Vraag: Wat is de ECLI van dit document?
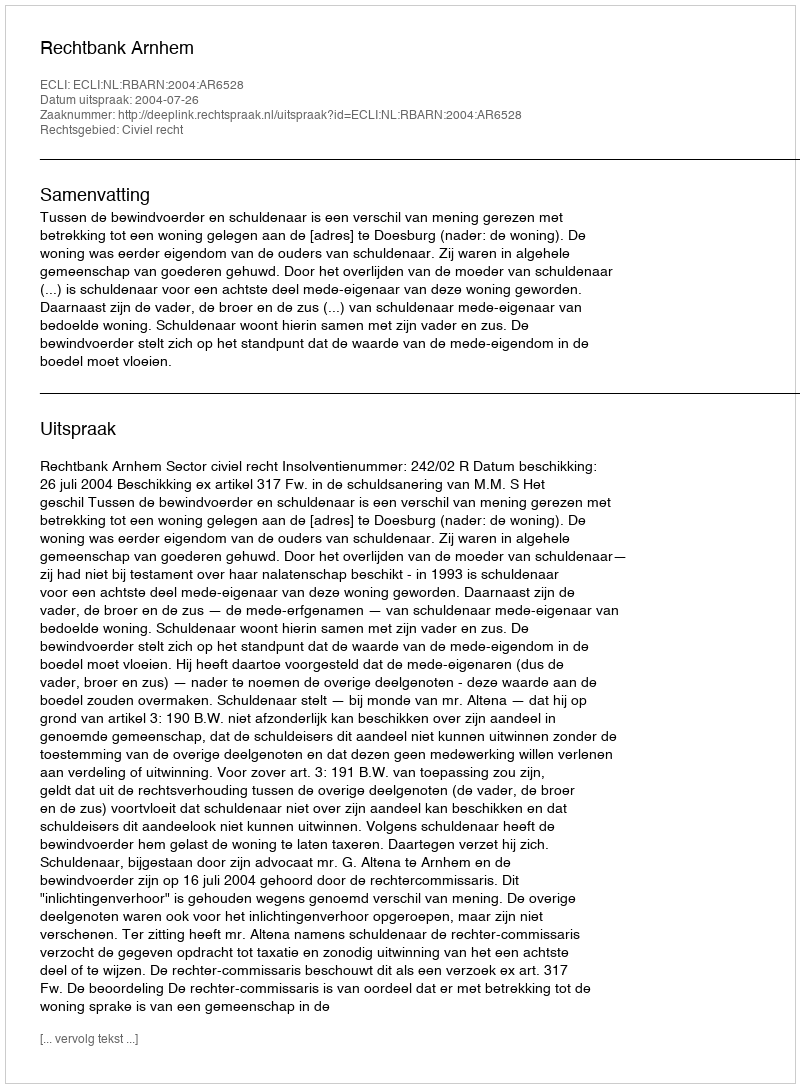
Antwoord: ECLI:NL:RBARN:2004:AR6528